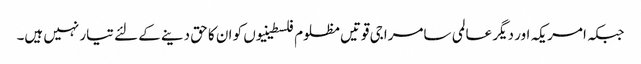
جبکہ امریکہ اور دیگر عالمی سامراجی قوتیں مظلوم فلسطینیوں کو ان کا حق دینے کے لئے تیار نہیں ہیں۔